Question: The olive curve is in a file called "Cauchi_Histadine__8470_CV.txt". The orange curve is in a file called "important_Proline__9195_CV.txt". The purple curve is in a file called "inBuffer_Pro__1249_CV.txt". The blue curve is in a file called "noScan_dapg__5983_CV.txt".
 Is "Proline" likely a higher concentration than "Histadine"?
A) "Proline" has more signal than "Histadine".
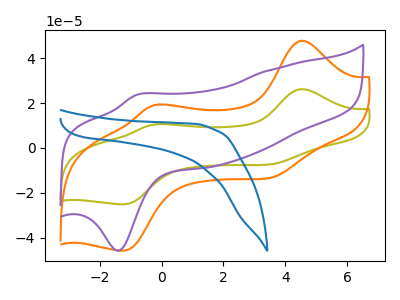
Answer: <think>The olive curve "Histadine" has anodic peaks at (4.55V, 26.25uA) (-0.05V, 10.65uA) and cathodic peaks at (3.70V, -6.90uA) (-1.20V, -25.10uA). The orange curve "Proline" has anodic peaks at (4.55V, 47.90uA) (-0.05V, 19.40uA) and cathodic peaks at (3.70V, -12.60uA) (-1.20V, -45.75uA). The purple curve "Pro" has an anodic peak at (-0.80V, 23.70uA) and a cathodic peak at (-1.40V, -45.90uA). The blue curve "dapg" has no peaks.
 All the peaks in "Proline" have a peak in "Histadine" at the same potential. Every peak in "Proline" is higher than every peak in "Histadine".</think>
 <answer>A) "Proline" has more signal than "Histadine".</answer>
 <eval>A</eval>